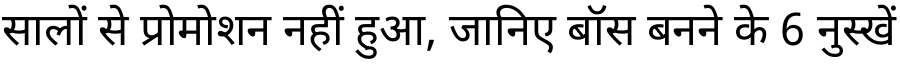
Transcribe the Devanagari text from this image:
सालों से प्रोमोशन नहीं हुआ, जानिए बॉस बनने के 6 नुस्खें